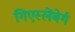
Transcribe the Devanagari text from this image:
गिएस्लेंबेर्ग